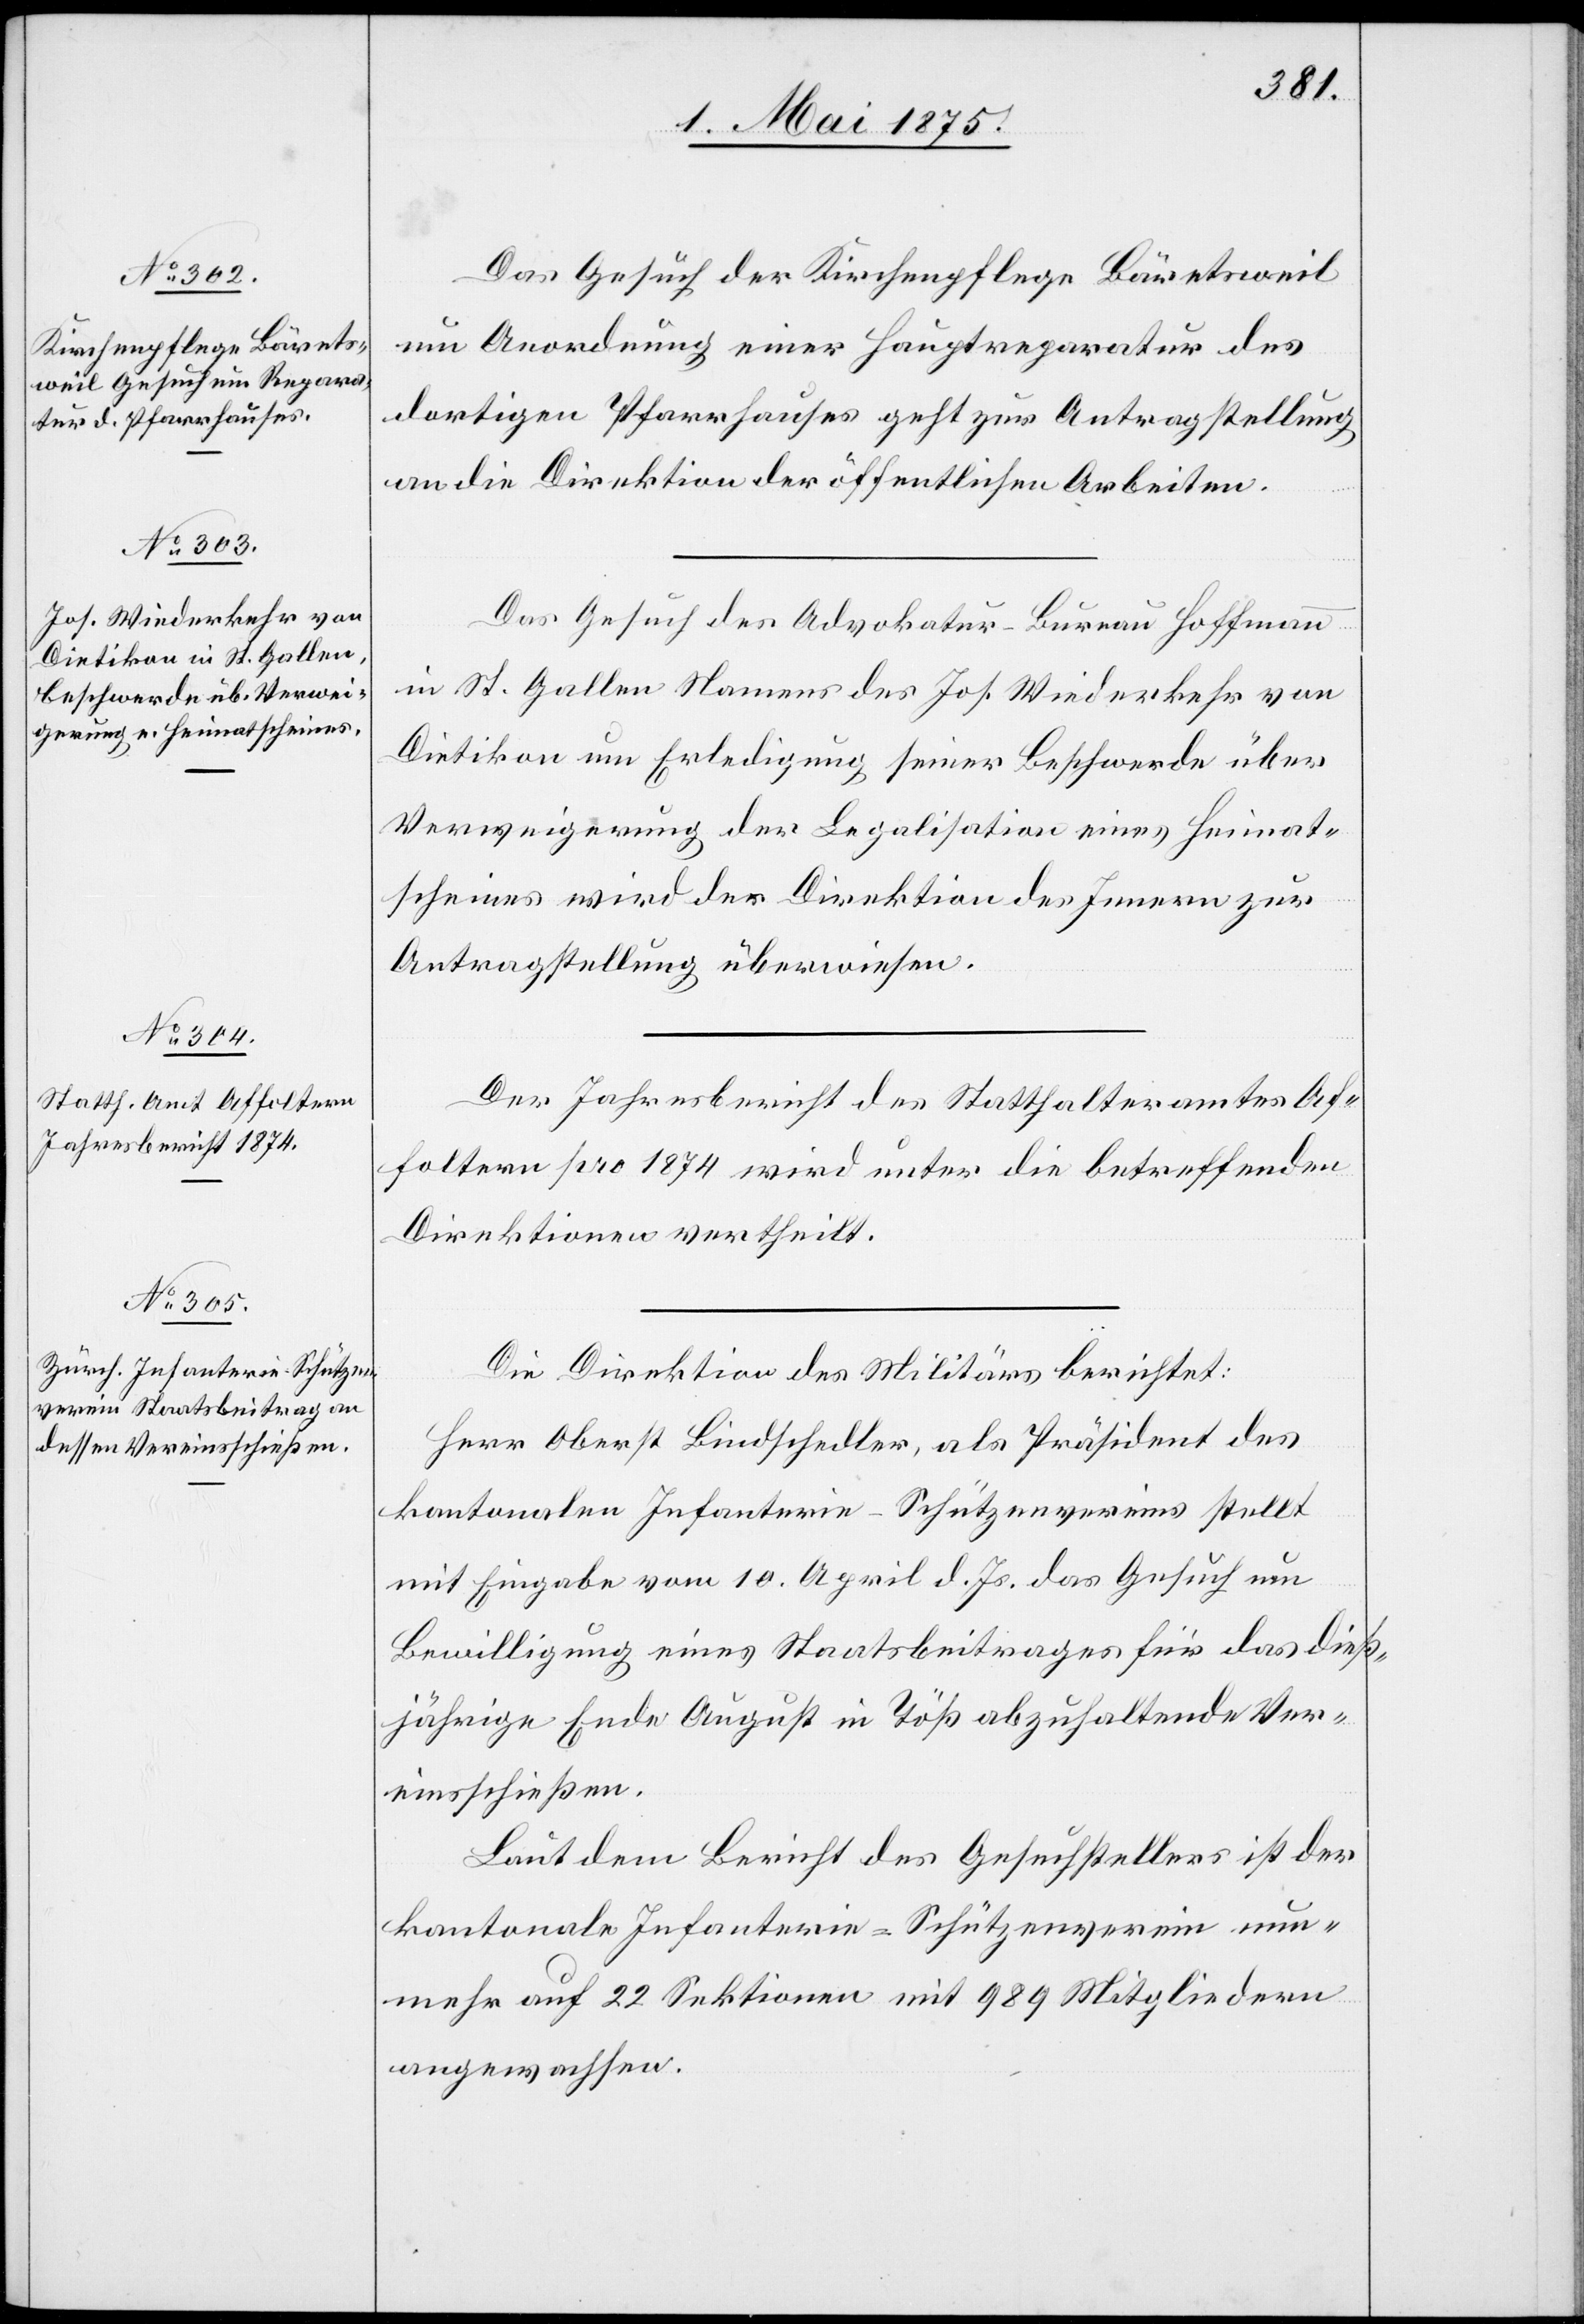
Das Gesuch der Kirchenpflege Bäretsweil
um Anordnung einer Hauptreparatur des
dortigen Pfarrhauses geht zur Antragstellung
an die Direktion der öffentlichen Arbeiten.
Das Gesuch des Advokatur-Bureau Hoffmann
in St. Gallen Namens des Jos. Wiederkehr von
Dietikon um Erledigung seiner Beschwerde über
Verweigerung der Legalisation eines Heimat¬
scheines wird der Direktion des Innern zur
Antragstellung überwiesen.
Der Jahresbericht des Statthalteramtes Af¬
foltern pro 1874 wird unter die betreffenden
Direktionen vertheilt.
Die Direktion des Militärs berichtet:
Herr Oberst Bindschedler, als Präsident des
kantonalen Infanterie-Schützenvereins stellt
mit Eingabe vom 10. April d. Js. das Gesuch um
Bewilligung eines Staatsbeitrages für das dieß¬
jährige Ende August in Töß abzuhaltende Ver¬
einsschießen.
Laut dem Bericht des Gesuchstellers ist der
kantonale Infanterie-Schützenverein nun¬
mehr auf 22 Sektionen mit 989 Mitgliedern
angewachsen.